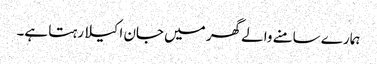
ہمارے سامنے والے گھر میں جان اکیلا رہتا ہے۔